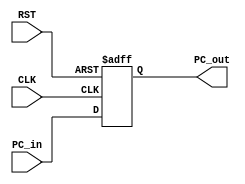
module PC(
    input  [31:0]PC_in,
    input  CLK,RST,
    output wire [31:0]PC_out
);

reg [31:0]PC_OUT_Reg;
assign PC_out=PC_OUT_Reg;
always@(posedge CLK,negedge RST)
begin
    if(~RST)
        PC_OUT_Reg<=32'b0;
    else 
        PC_OUT_Reg<=PC_in;
end

endmodule